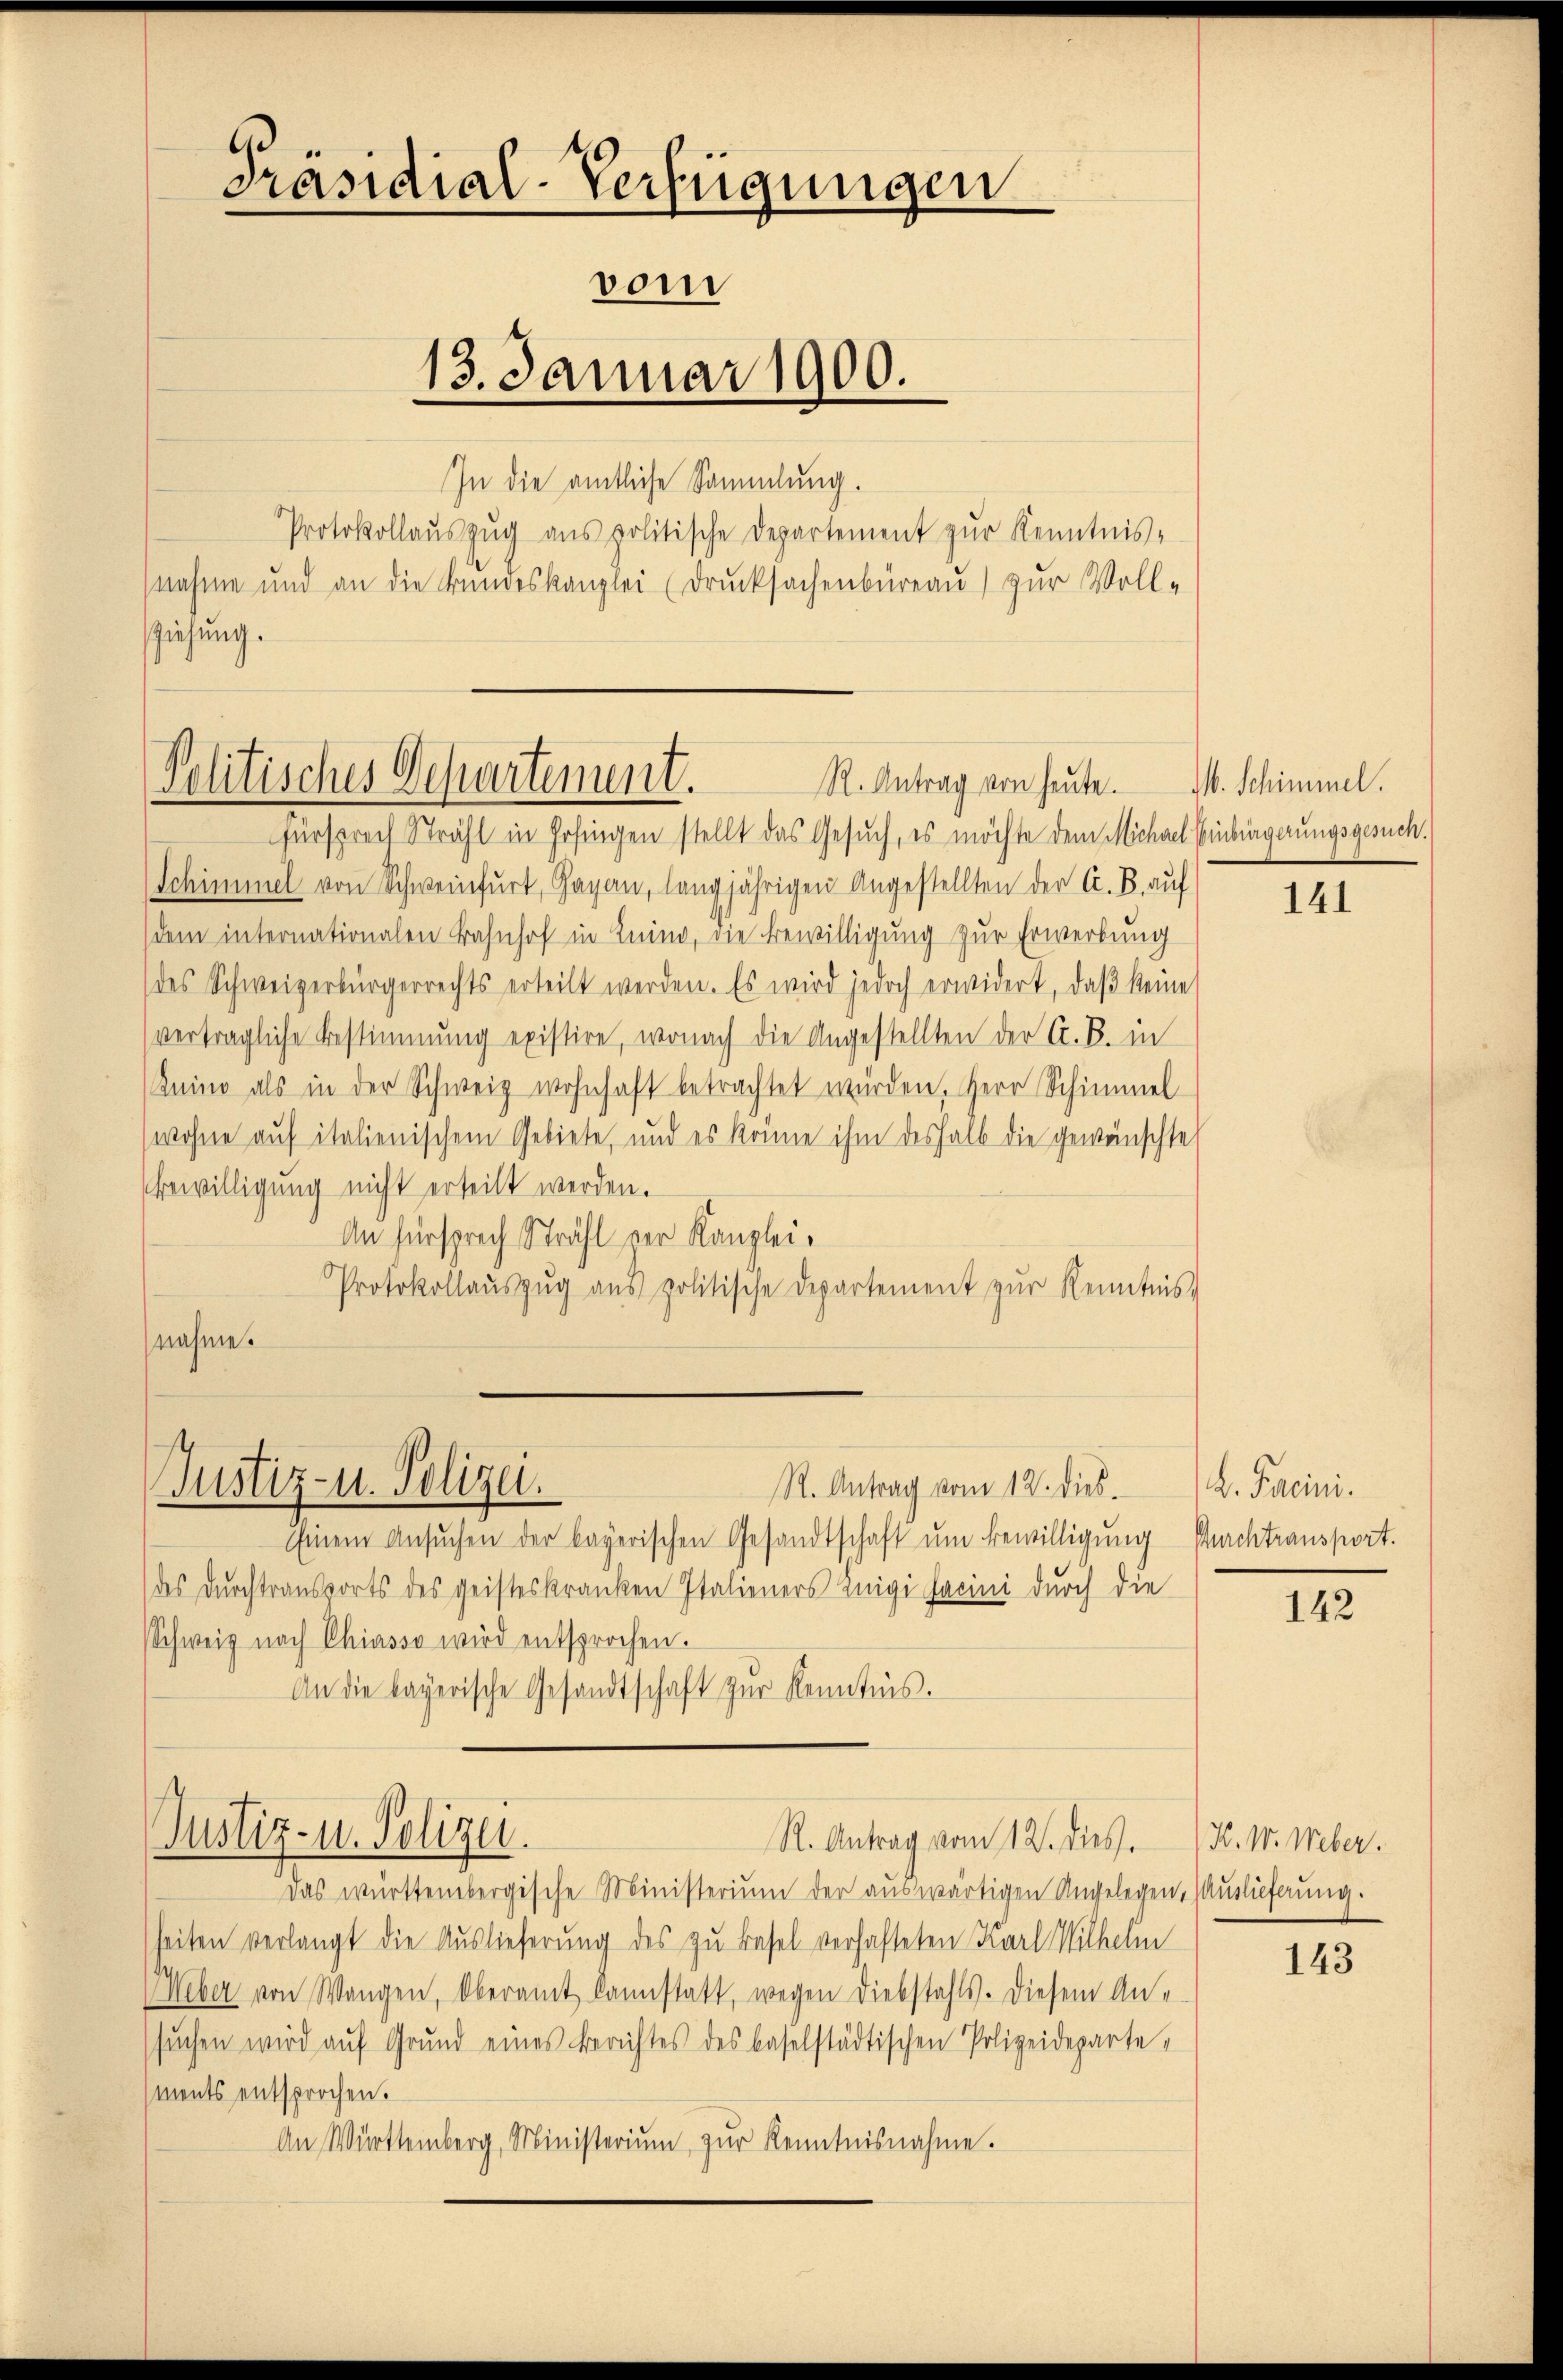
sziehung.

Präsidial-Verfügungen
vom
13. Januar 1900.
In die amtliche Sammlung.
Protokollauszug aus politische Departement zur Kenntnis-
nahme und an die Bundeskanzlei (Drucksachenbüreau) zur Voll-

Politisches Departement.
R. Antrag von heute.

Fürsprech Strahl in Hofingen stellt das Gesuch, es möchte dem Michael Einbürgerungsgesuch.
Schimmel von Schweinfurt, Garan, langjährigen Angestellten der A. B. auf
dem internationalen Bahnhof in Luino, die Bewilligung zur Erwerbung
(des Schweizerbürgerrechts erteilt werden. Es wird jedoch erwidert, daβ keine
vertragliche Bestimmung existire, wonach die Angestellten der A. B. in
Kuino als in der Schweiz wohnhaft betrachtet würden. Herr Schimmel
wohne auf italienischem Gebiete, und es könne ihm deshalb die gewünschte
Bewilligung nicht erteilt werden.
An Fürsprech Strahl der Kanzlei¬
Protokollaŭszŭg ans politische Departement zŭr Kenntnis.
nahme.

Justiz- u. Polizei.

Einem Ansuchen der bayerischen Gesandtschaft um Bewilligung
des Durchtransports des geisteskranken Italieners Luigi facini durch die
Schweiz nach Chiasso wird entsprochen.
An die bayerische Gesandtschaft zŭr Kenntnis.

R. Antrag vom 12. dies

Justiz- u. Polizei.
R. Antrag vom 12. dies

Das württembergische Ministerium der auswärtigen Angelegen, Auslieferung.
seiten verlangt die Auslieferung des zu Basel verhafteten Karl Wilhelm
Weber von Wangen, Oberamt kannstatt, wegen Diebstahls. Diesem Ane
sŭchen wird aŭf Grund eines Berichtes des baselstädtischen Polizeideparte,
(ments entsprochen.
An Württemberg, Ministerium zur Kenntnisnahme.

M. Schimmel.

141

d. Pacini.
Wurchtransport.

142

K. W. Weber.

143